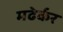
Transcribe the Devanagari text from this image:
मढेर्कर